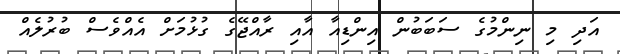
އަދި މި ނިންމުގެ ސަބަބުން އިންޑިއާ އާއި ރާއްޖޭގެ ގުޅުމަށް އެއްވެސް ބުރުލެއް